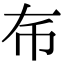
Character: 𢁛